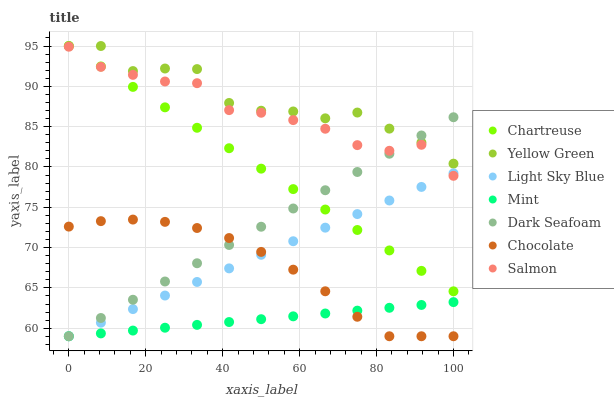
| xaxis_label | Chartreuse | Yellow Green | Light Sky Blue | Mint | Dark Seafoam | Chocolate | Salmon |
 | --- | --- | --- | --- | --- | --- | --- | --- |
 | 0 | 95 | 95 | 59 | 59 | 59 | 72.6 | 94.9 |
 | 8.33 | 92.5 | 95 | 60.7 | 59.4 | 61.3 | 73.3 | 92.4 |
 | 16.7 | 89.9 | 91.9 | 62.4 | 59.7 | 63.5 | 73.5 | 91.4 |
 | 25 | 87.4 | 92.2 | 64.1 | 60.1 | 65.8 | 73.2 | 90.6 |
 | 33.3 | 84.9 | 92.1 | 65.7 | 60.4 | 68.1 | 72.4 | 90.4 |
 | 41.7 | 82.3 | 87.9 | 67.4 | 60.8 | 70.3 | 71.2 | 87 |
 | 50 | 79.8 | 87 | 69.1 | 61.1 | 72.6 | 69.5 | 86.7 |
 | 58.3 | 77.3 | 86.9 | 70.8 | 61.5 | 74.8 | 67.3 | 85.8 |
 | 66.7 | 74.7 | 86 | 72.5 | 61.8 | 77.1 | 64.6 | 84.7 |
 | 75 | 72.2 | 86.7 | 74.2 | 62.2 | 79.4 | 61.4 | 82.7 |
 | 83.3 | 69.6 | 84.8 | 75.8 | 62.5 | 81.6 | 59 | 82 |
 | 91.7 | 67.1 | 83 | 77.5 | 62.9 | 83.9 | 59 | 82.7 |
 | 100 | 64.6 | 80.4 | 79.2 | 63.2 | 86.2 | 59 | 78.9 |